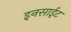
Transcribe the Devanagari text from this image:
इनसाईट